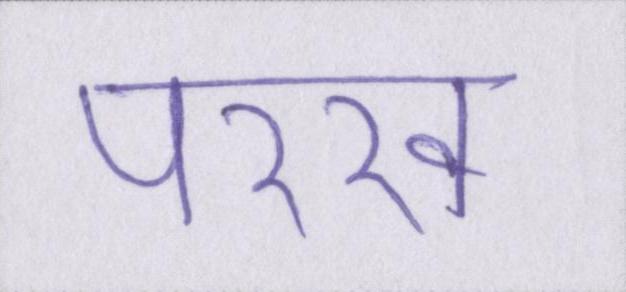
परख